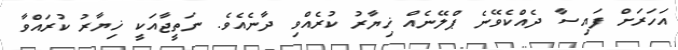
އަހަރަށް ފައިސާ ދެއްކެވޭނެ ޕްލޭނެއް ޚިޔާރު ކުރެއްވި ދާނެއެވެ. ނަތީޖާއަކީ ޚިޔާރު ކުރައްވާ